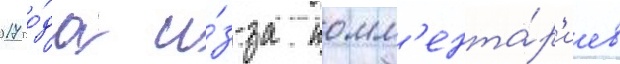
2017 го́да и́з-за комм'ента́р'иев